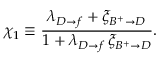
\chi _ { 1 } \equiv \frac { \lambda _ { D \rightarrow f } + \xi _ { B ^ { + } \rightarrow D } } { 1 + \lambda _ { D \rightarrow f } \, \xi _ { B ^ { + } \rightarrow D } } .